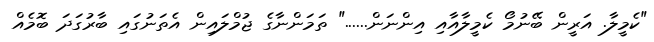
"ކެމީލާ. އަރީން ބޭނުމޯ ކެމީލާއާއި އިންނަން......" ތަމަންނާގެ ޖުމްލައިން އެތަނުގައި ބާރުގަދަ ބޮމެއް